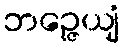
ဘဉ္ဇေယျံ